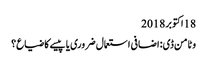
18 اکتوبر 2018
وٹامن ڈی: اضافی استعمال ضروری یا پیسے کا ضیاع؟